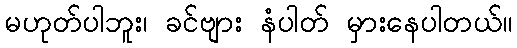
မဟုတ်ပါဘူး၊ ခင်ဗျား နံပါတ် မှားနေပါတယ်။